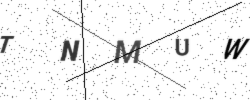
Text: TNMUW